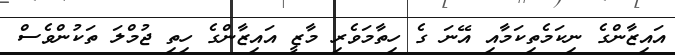
އައިޒާންގެ ނިކަމެތިކަމާއި އޭނަ ގެ ހިތާމަވެރި މާޒީ އައިޒާންގެ ހިތި ޖުމްލަ ތަކުންވެސް